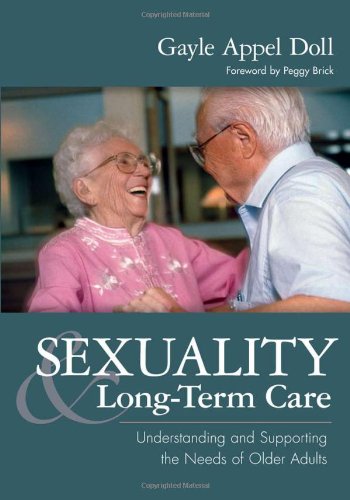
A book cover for Sexuality and Long-Term Care; Gayle Doll M.S.  Ph.D.; Medical Books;